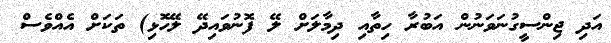
އަދި ޖިންސީގުނަވަނުން އަބުރާ ހިތާއި ދިމާލަށް ލޭ ފޮނުވައިދޭ ލޭހޮޅި) ތަކަށް އެއްވެސް